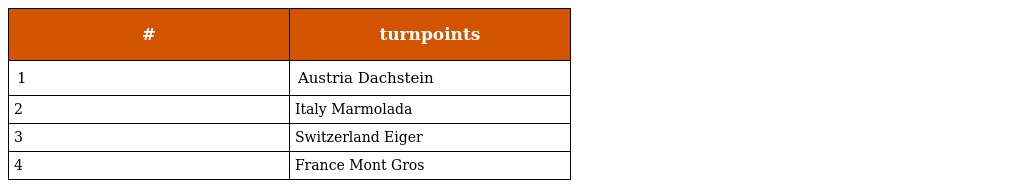
| # | turnpoints |
 | --- | --- |
 | 1 | Austria Dachstein |
 | 2 | Italy Marmolada |
 | 3 | Switzerland Eiger |
 | 4 | France Mont Gros |